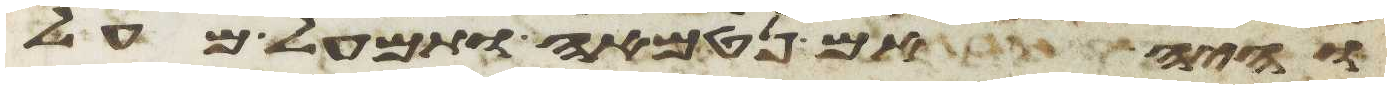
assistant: והיה אם נטמאה ותמעל מעל